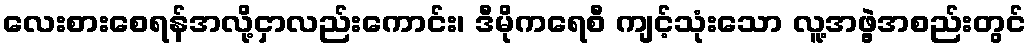
လေးစားစေရန်အလို့ငှာလည်းကောင်း၊ ဒီမိုကရေစီ ကျင့်သုံးသော လူ့အဖွဲ့အစည်းတွင်